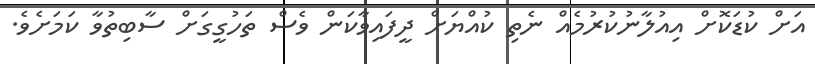
އަށް ކުޑަކޮށް އިއުލާނުކުރުމެއް ނެތި ކުއްޔަށް ދީފައިވާކަން ވެސް ތަހުގީގަށް ސާބިތުވާ ކަމަށެވެ.